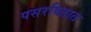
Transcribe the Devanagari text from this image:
पसरवितात